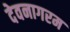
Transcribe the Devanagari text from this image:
देवनागरम